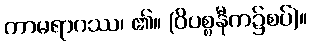
ကာမရာဂဿ၊ ၏။ (ဝိပစ္စနီက၌စပ်)။